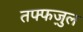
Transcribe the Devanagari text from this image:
तफ्फज़ुल